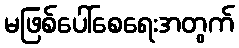
မဖြစ်ပေါ်စေရေးအတွက်